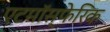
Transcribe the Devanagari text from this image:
एटमॉस्फेरिक